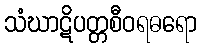
သံဃာဋိပတ္တစီဝရဓရော